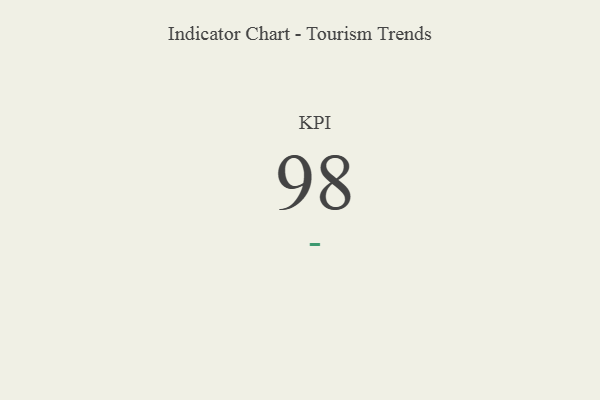
{"axis": {"x": "KPI", "y": "Value"}, "legend": [""], "data": [{"x": "KPI", "y": 98, "type": ""}]}